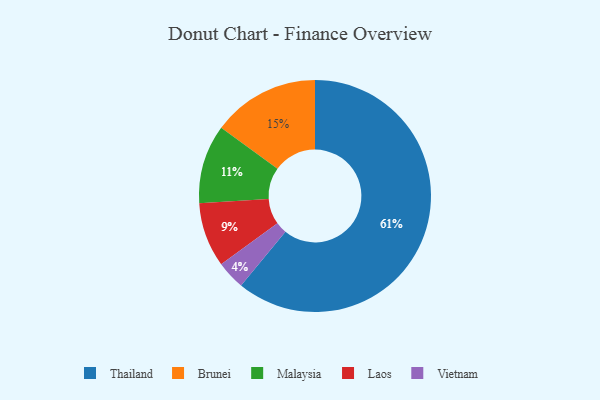
{"axis": {"x": "Category", "y": "Percentage"}, "legend": ["Brunei", "Laos", "Malaysia", "Thailand", "Vietnam"], "data": [{"x": "Thailand", "y": 61, "type": "Thailand"}, {"x": "Vietnam", "y": 4, "type": "Vietnam"}, {"x": "Malaysia", "y": 11, "type": "Malaysia"}, {"x": "Brunei", "y": 15, "type": "Brunei"}, {"x": "Laos", "y": 9, "type": "Laos"}]}